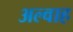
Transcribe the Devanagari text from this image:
अल्वाह